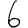
Digit: 6